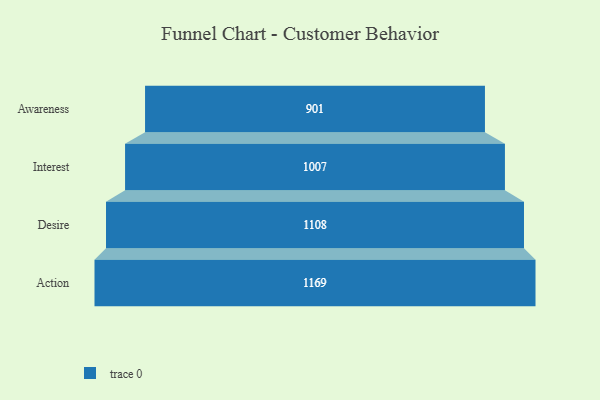
{"axis": {"x": "Stage", "y": "Value"}, "legend": [""], "data": [{"x": "Awareness", "y": 901.0, "type": ""}, {"x": "Interest", "y": 1007.0, "type": ""}, {"x": "Desire", "y": 1108.0, "type": ""}, {"x": "Action", "y": 1169.0, "type": ""}]}